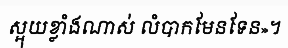
ស្អុយខ្លាំងណាស់ លំបាកមែនទែន»។